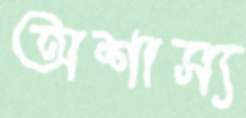
অশাস্য